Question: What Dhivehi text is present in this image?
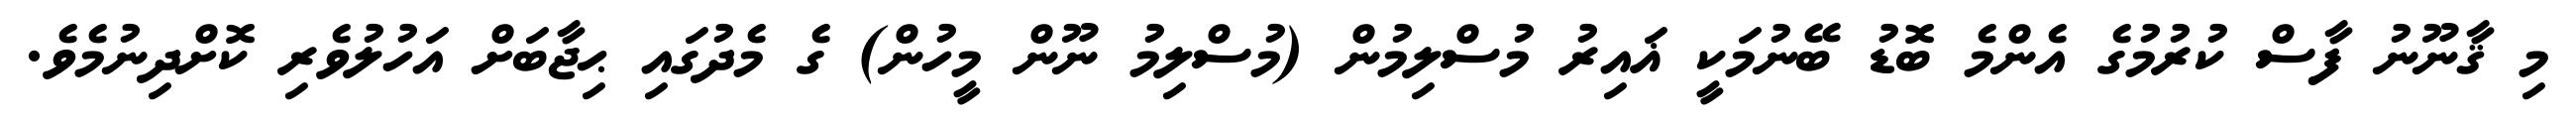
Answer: މި ޤާނޫނު ފާސް ކުރުމުގެ އެންމެ ބޮޑު ބޭނުމަކީ ޣައިރު މުސްލިމުން (މުސްލިމު ނޫން މީހުން) ގެ މެދުގައި ޙިޖާބަށް އަހުލުވެރި ކޮށްދިނުމެވެ.